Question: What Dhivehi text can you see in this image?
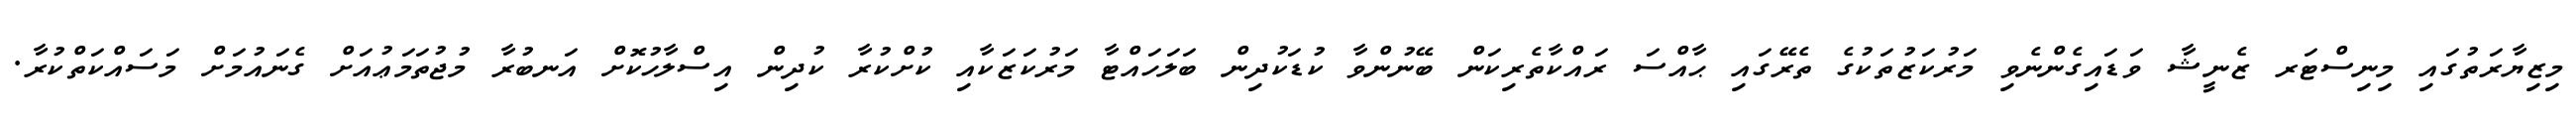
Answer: މިޒިޔާރަތުގައި މިނިސްޓަރ ޒެނީޝާ ވަޑައިގެންނެވި މަރުކަޒުތަކުގެ ތެރޭގައި ޙާއްސަ ރައްކާތެރިކަން ބޭނުންވާ ކުޑަކުދިން ބަލަހައްޓާ މަރުކަޒަކާއި ކުށްކުރާ ކުދިން އިސްލާހުކޮށް އަނބުރާ މުޖުތަމަޢުއަށް ގެނައުމަށް މަސައްކަތްކުރާ.